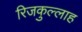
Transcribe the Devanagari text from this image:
रिजकुल्लाह